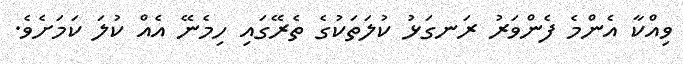
ވިއްކާ އެންމެ ފެންވަރު ރަނގަޅު ކުލަތަކުގެ ތެރޭގައި ހިމެނޭ އެއް ކުލަ ކަމަށެވެ.